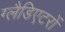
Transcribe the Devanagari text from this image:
ग्लैडिएटरों